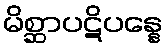
မိစ္ဆာပဋိပန္နေ